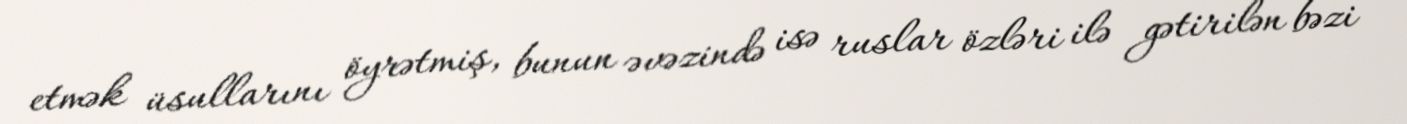
etmək üsullarını öyrətmiş, bunun əvəzində isə ruslar özləri ilə gətirilən bəzi